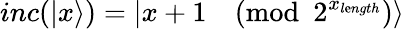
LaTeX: inc(|x\rangle)=|x+1{\pmod{2^{x_{l\mathrm{e}ngth}}}}\rangle